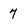
Character: 7